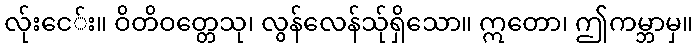
လ်ုးငေ်း။ ဝိတိဝတ္တေသု၊ လွန်လေန်သု်ရှိသော။ ဣတော၊ ဤကမ္ဘာမှ။